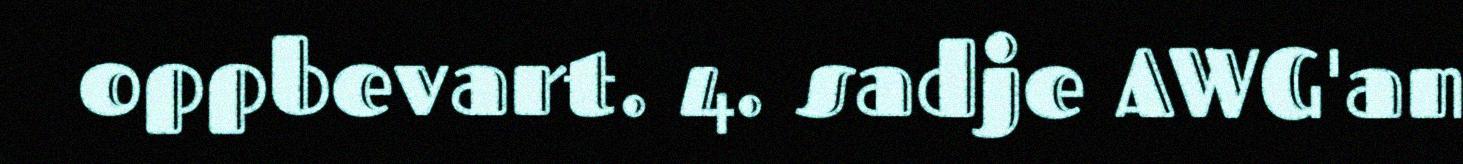
oppbevart. 4. sadje AWG'an